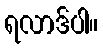
ရလာဒ်ပါ။